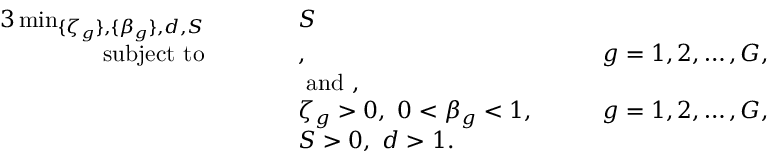
\begin{array} { r l r l r l } { { 3 } \operatorname* { m i n } _ { \{ \zeta _ { g } \} , \{ \beta _ { g } \} , d , S } } & { \quad } & & { S } & & { } \\ { \mathrm { s u b j e c t ~ t o } } & { } & & { , } & { \quad } & { g = 1 , 2 , \ldots , G , } \\ & { } & & { \mathrm { ~ a n d ~ } , } & & { } \\ & { } & & { \zeta _ { g } > 0 , \ 0 < \beta _ { g } < 1 , } & { \quad } & { g = 1 , 2 , \ldots , G , } \\ & { } & & { S > 0 , \ d > 1 . } & & { } \end{array}